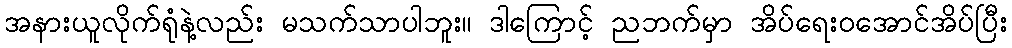
အနားယူလိုက်ရုံနဲ့လည်း မသက်သာပါဘူး။ ဒါကြောင့် ညဘက်မှာ အိပ်ရေးဝအောင်အိပ်ပြီး